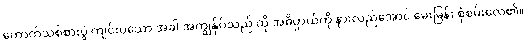
ကောက်သစ်စားပွဲ ကျင်းပသော အခါ အကျွန်ုပ်သည် ထို အဓိပ္ပာယ်ကို နားလည်အောင် မေးမြန်း စုံစမ်းလေ၏။